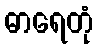
ဓာရေတုံ